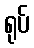
ရုပ်